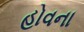
હોવના